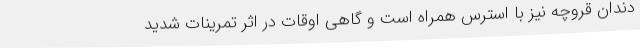
دندان قروچه نیز با استرس همراه است و گاهی اوقات در اثر تمرینات شدید